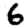
Digit: 6